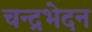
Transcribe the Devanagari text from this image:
चन्द्रभेदन